Report on horse surra - Volume I
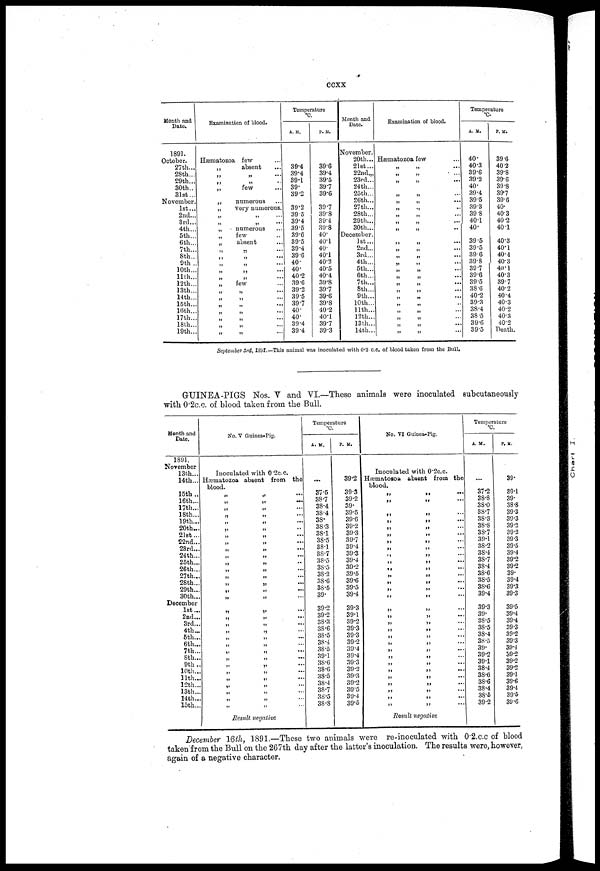
ccxx
Month and
Date.
1891.
October.
27th...
28th...
29th...
30th..
31st...
November.
1st...
2nd...
3rd...
4th...
5th...
6th...
7th...
8th...
9th ..
10th...
11th...
12th...
13th...
14th...
15th...
16th...
17th...
18th...
19th...
Examination of blood.
Hæmatozoa
„
„
„
„
„
„
„
„
„
„
„
„
„
„
„
„
„
„
„
few
absent
„
...
„
...
few
numerous
very numerous.
„
„ ....
numerous
few
absent
„ ....
„
few
„
....
„
„ ...
„ ...
„
„
„
Temperature
A. M.
39.4
39.4
39.1
39.
39.2
39.2
39 5
39.4
39.5
39.6
39.5
39.4
39.6
40.
40.
40.2
39.6
39.2
39.5
39.7
40.
40.
39.4
39.4
P. M.
39.6
39.4
39.5
39.7
39.6
39.7
39.8
39.4
39.8
40.
40.1
40.
40.1
40.2
40.5
40.4
39.8
39.7
39.6
39.8
40.2
40.1
39.7
39.3
Month and
Date.
November.
20th...
21st...
22nd„,
23rd...
24th...
25th...
26th...
27th...
28th...
29th...
30th...
December.
1st...
2nd...
3rd...
4th...
5th...
6th...
7th...
8th...
9th...
10th...
11th...
12th...
13th...
14th...
Examination of blood.
Hæmatozoa few
„
„
„
„
„
„
„
„
„
„
„
„
„
„
„
„
„
„
„
....
„
'
....
„
....
„
....
„
„
„
„
...
„
„
...
„
„
„
„
„
„
....
„
....
Temperature
°C-
A. M.
40.
40.3
39.6
39.2
40.
39.4
39 5
39.3
39 8
40.1
40.
39.5
39.5
39.6
39.8
39.7
39.6
39.5
38.6
40.2
39.3
38.4
38.5
39.6
39.5
P. M.
39.6
40.2
39.8
39.6
39.8
39.7
39.6
40.
40.3
40.2
40.1
40.3
40.1
40.4
40.3
40.1
40.3
39.7
40.2
40.4
40.3
40.2
40.3
40.2
Death.
September 3rd, 1891.-This animal was inoculated with 0.2 c.c. of blood taken from the Bull.
GUINEA-PIGS Nos. V and VI.—These animals were inoculated subcutaneously
with 0.2C.C. of blood taken from the Bull.
Month and
Date.
1891
November
13th...
14th...
15th ..
16th...
17th...
18th...
19th...
20th...
21st...
22nd...
23rd...
24th...
25th...
26th...
27th...
28th...
29th...
30th...
December
1st...
2nd...
3rd...
4th ..
5th...
6th...
7th...
8th...
9th..
10th...
11th...
12th...
13th...
14th...
15th...
No. V Guinea-Pig.
Inoculated with 0.2c.c.
Hæmatozoa absent from the
blood.
„
„
„
„
„
„
„
„
„
„
„
„
„
„
„
„
„
„
„
„
„
„
„
„
„
„
„
„
„
„
„
„
„
...
„
...
„
„
„
„
„
„
„
„
„
„
„
„
„
„
...
„
„
„
„
„
„
„
„
„
„
„ ...
„
„
„
„
„
Result negative
Temperature
°C.
A. M.
...
37.5
38.7
38.4
38.4
38.
38.3
38.1
38.5
38.1
38.7
38.5
38.5
38.2
38.6
38.5
39.
39.2
39.2
38.3
38.6
38.5
38.4
38.5
39.1
38.6
38.6
38.5
38.4
38.7
38.5
38.8
P. M.
39.2
39.3
39.2
39.
39.5
39.6
39.2
39.3
39.7
39.4
39.3
39.4
39.2
39.5
39.6
39.5
39.4
39.3
39.1
39.2
39.3
39.3
39.2
39.4
39.4
39.3
39.2
39.3
39.2
39.5
39.4
39.5
No. VI Guinea-Pig.
Inoculated with 0.2c.c.
Hæmatozoa absent from the
blood.
„
„
„
„
„
„
„
„
„
„
„
„
„
„
„
„
„
„
„
„
„
„
„
„
„
„
„
„
„
„
„
„
...
..
Result negative
Temperature
°C.
A. M.
...
37.2
38.8
38.0
38.7
38.3
38.8
38.7
39.1
38.2
384
38.7
38.4
38.6
38.5
38.6
39.4
39.3
39.
38.5
38.5
38.4
38.5
39.
39.2
39.1
38.4
38.6
38.6
38.4
38.6
39.2
P. M.
39.
39.1
39.
38.8
39.3
39.3
39.2
39.2
39.3
39.5
39.4
39.2
39.2
39.
39.4
39.3
39.3
39.5
39.4
39.4
39.3
39.2
39.3
39.4
39.2
39.2
39.2
39.1
39.6
39.4
39.5
39.6
December 16th, 1891.—These two animals were re-inoculated with 0.2.c.c of blood
taken from the Bull on the 267th day after the latter's inoculation. The results were, however,
again of a negative character.